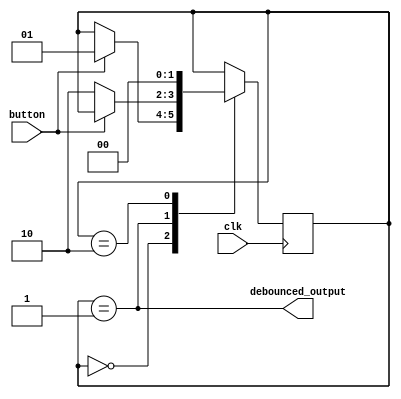
module debounce(
    input clk,
    input button,
    output reg debounced_output
);

reg [1:0] state;

always @(posedge clk) begin
    case(state)
        2'b00: begin
            if(button == 1)
                state <= 2'b01;
        end
        2'b01: begin
            if(button == 0)
                state <= 2'b10;
        end
        2'b10: begin
            state <= 2'b00;
        end
    endcase
end

always @* begin
    debounced_output = (state == 2'b01);
end

endmodule